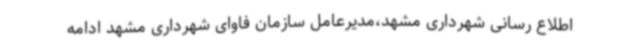
اطلاع رسانی شهرداری مشهد،مدیرعامل سازمان فاوای شهرداری مشهد ادامه